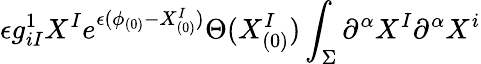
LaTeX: \epsilon g_{iI}^{1}X^{I}e^{\epsilon(\phi_{(0)}-X_{(0)}^{I})}\Theta(X_{(0)}^{I})\int_{\Sigma}\partial^{\alpha}X^{I}\partial^{\alpha}X^{i}